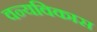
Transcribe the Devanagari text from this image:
वन्यविकास